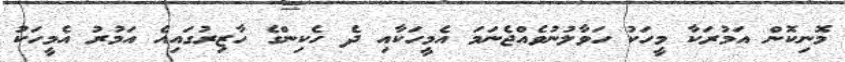
މޮނިކޮން އަމުރަކާ މީހަކު ހަވާލުނުވެއްޖެނަމަ އެމީހަކާއި ދެ ހެކިންގެ ހާޒިރުގައިއެ އަމުރު އެމީހަކު